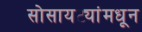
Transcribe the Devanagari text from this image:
सोसायट्यांमधून